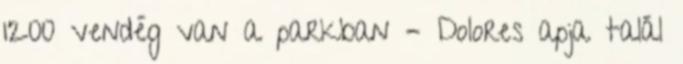
1200 vendég van a parkban – Dolores apja talál